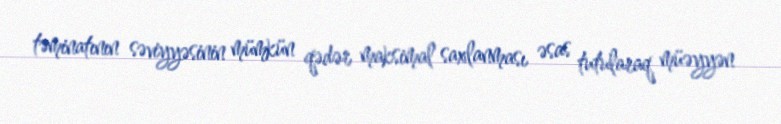
təminatının səviyyəsinin mümkün qədər maksimal saxlanması əsas tutularaq müəyyən